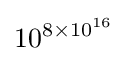
10^{8\times 10^{16}}